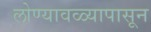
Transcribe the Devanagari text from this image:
लोण्यावळ्यापासून